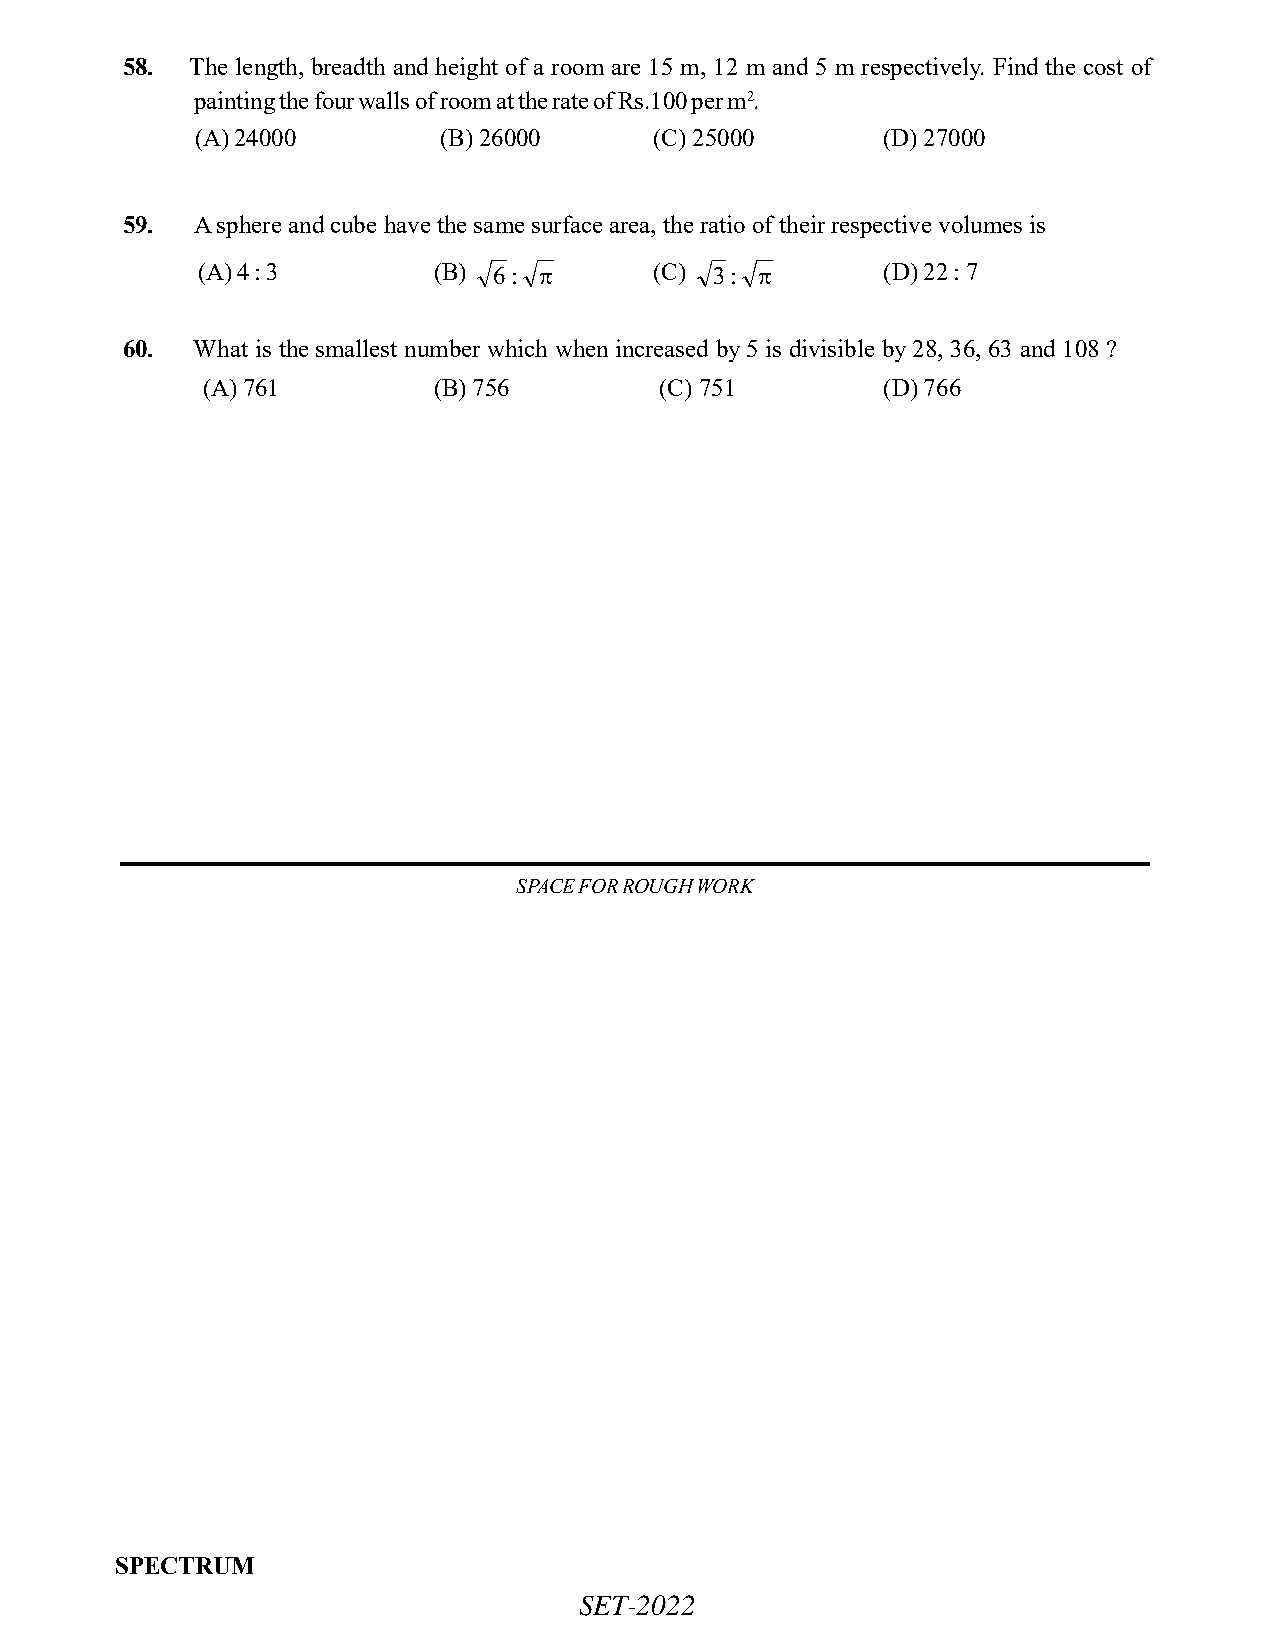
58.  The length, breadth and height of a room are 15 m, 12 m and 5 m respectively. Find the cost of
 painting the four walls of room at the rate of Rs.100 per m2.
 (A) 24000       (B) 26000     (C) 25000      (D) 27000
 59.  A sphere and cube have the same surface area, the ratio of their respective volumes is
 (A) 4 : 3       (B) 6:       (C) 3:        (D) 22 : 7
 60.  What is the smallest number which when increased by 5 is divisible by 28, 36, 63 and 108 ?
 (A) 761         (B) 756        (C) 751       (D) 766
 SPACE FOR ROUGH WORK
 SPECTRUM
 SET-2022